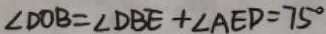
\angle D O B = \angle D B E + \angle A E D = 7 5 ^ { \circ }